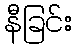
နီခြင်း